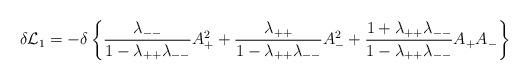
LaTeX: \begin{align*}\delta{\cal L}_1=-\delta\left\{{\lambda_{--}\over{1-\lambda_{++}\lambda_{--}}}A_+^2 + {\lambda_{++}\over{1-\lambda_{++}\lambda_{--}}} A_-^2 + {{1+\lambda_{++}\lambda_{--}}\over{1-\lambda_{++}\lambda_{--}}}A_+A_-\right\}\end{align*}